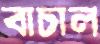
বাচাল